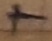
Text: +